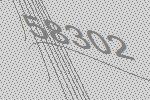
58302